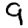
Digit: 9